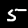
Label: 5